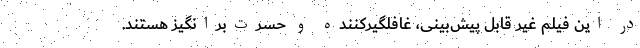
در این فیلم غیر قابل پیش‌بینی، غافلگیرکننده و حسرت‌برانگیز هستند.